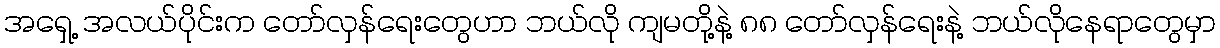
အရှေ့ အလယ်ပိုင်းက တော်လှန်ရေးတွေဟာ ဘယ်လို ကျမတို့နဲ့ ၈၈ တော်လှန်ရေးနဲ့ ဘယ်လိုနေရာတွေမှာ